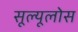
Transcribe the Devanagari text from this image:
सूल्यूलोस